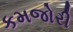
કમજોરી